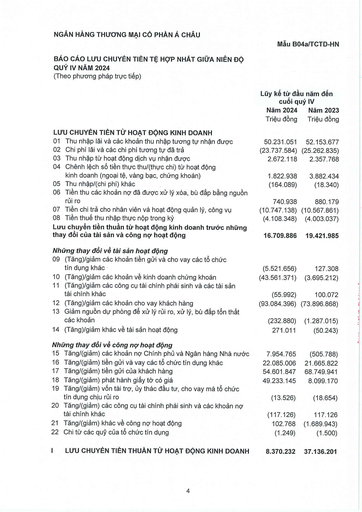
||Lũy kế từ đầu cuối|năm đến quý IV| |---|---|---| ||Năm 2024|Năm 2023| ||Triệu đồng|Triệu đồng| |LƯU CHUYỂN TIỀN TỪ HOẠT ĐỘNG KINH DOANH||| |01 Thu nhập lãi và các khoản thu nhập tương tự nhận được|50.231.051|52.153.677| |02 Chi phí lãi và các chi phí tương tự đã trả|(23.737.584)|(25.262.835)| |03 Thu nhập từ hoạt động dịch vụ nhận được|2.672.118|2.357.768| |04 Chênh lệch số tiền thực hữu/(thực chi) từ hoạt động kinh doanh (ngoại tệ, vàng bạc, chứng khoán)|1.822.938|3.882.434| |05 Thu nhập/(chi phí) khác|(164.089)|(18.340)| |06 Tiền thu các khoản nợ đã được xử lý xóa, bù đắp bằng nguồn rủi ro|740.938|880.179| |07 Tiền chi trả cho nhân viên và hoạt động quản lý, công vụ|(10.747.138)|(10.567.861)| |08 Tiền thuế thu nhập thực nộp trong kỳ|(4.108.348)|(4.003.037)| |Lưu chuyển tiền thuần từ hoạt động kinh doanh trước những thay đổi của tài sản và công nợ hoạt động|16.709.886|19.421.985| |Những thay đổi về tài sản hoạt động||| |09 (Tăng)/giảm các khoản tiền gửi và cho vay các tổ chức tín dụng khác|(5.521.656)|127.308| |10 (Tăng)/giảm các khoản về kinh doanh chứng khoán|(43.561.371)|(3.695.212)| |11 (Tăng)/giảm các công cụ tài chính phái sinh và các tài sản tài chính khác|(55.992)|100.072| |12 (Tăng)/giảm các khoản cho vay khách hàng|(93.084.396)|(73.896.868)| |13 Giảm nguồn dự phòng để xử lý rủi ro, xử lý, bù đắp tổn thất các khoản|(232.880)|(1.287.015)| |14 (Tăng)/giảm khác về tài sản hoạt động|271.011|(50.243)| |Những thay đổi về công nợ hoạt động||| |15 Tăng/(giảm) các khoản nợ Chính phủ và Ngân hàng Nhà nước|7.954.765|(505.788)| |16 Tăng/(giảm) tiền gửi và vay các tổ chức tín dụng khác|22.085.006|21.665.822| |17 Tăng/(giảm) tiền gửi của khách hàng|54.601.847|68.749.941| |18 Tăng/(giảm) phát hành giấy tờ có giá|49.233.145|8.099.170| |19 Tăng/(giảm) vốn tài trợ, ủy thác đầu tư, cho vay mà tổ chức tín dụng chịu rủi ro|(13.526)|(18.654)| |20 Tăng/(giảm) các công cụ tài chính phái sinh và các khoản nợ tài chính khác|(117.126)|117.126| |21 Tăng/(giảm) khác về công nợ hoạt động|102.768|(1.689.943)| |22 Chi từ các quỹ của tổ chức tín dụng|(1.249)|(1.500)| |I LƯU CHUYỂN TIỀN THUẦN TỪ HOẠT ĐỘNG KINH DOANH|8.370.232|37.136.201|